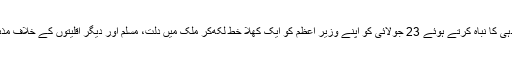
ملک کے 49 مشہور دانشور، فنکار، ادیب، قلمکار اور سماجی کارکنان نے آخرکار اپنی جوابدہی کا نباہ کرتے ہوئے 23 جولائی کو اپنے وزیر اعظم کو ایک کھلا خط لکھ‌کر ملک میں دلت، مسلم اور دیگر اقلیتوں کے خلاف مذہب پرمبنی بھیڑ کے بڑھتے تشدد پر تشویش کا اظہار کیا اور ان سے مداخلت کی گزارش کی۔